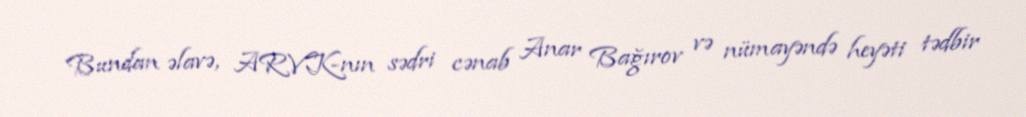
Bundan əlavə, ARVK-nın sədri cənab Anar Bağırov və nümayəndə heyəti tədbir